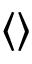
\langle \rangle